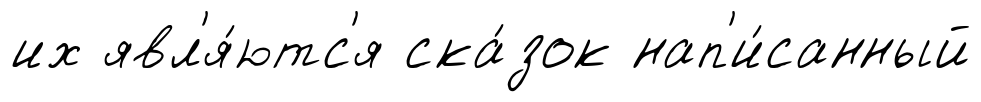
их явл'я́ютс'я ска́зок нап'и́санный